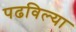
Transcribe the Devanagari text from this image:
पढविल्या